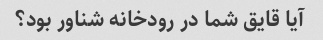
آیا قایق شما در رودخانه شناور بود؟